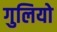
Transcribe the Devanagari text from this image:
गुलियो